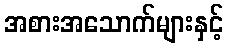
အစားအသောက်များနှင့်